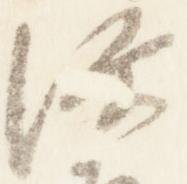
源